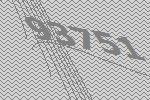
93751